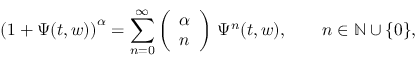
\left( 1 + \Psi ( t , w ) \right) ^ { \alpha } = \sum _ { n = 0 } ^ { \infty } \left( \begin{array} { c } { \alpha } \\ { n } \end{array} \right) \, \Psi ^ { n } ( t , w ) , \qquad n \in \mathbb N \cup \{ 0 \} ,